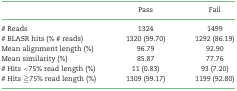
<table><thead><tr><td></td><td><b>Pass</b></td><td><b>Fail</b></td></tr></thead><tbody><tr><td># Reads</td><td>1324</td><td>1499</td></tr><tr><td># BLASR hits (% # reads)</td><td>1320 (99.70)</td><td>1292 (86.19)</td></tr><tr><td>Mean alignment length (%)</td><td>96.79</td><td>92.90</td></tr><tr><td>Mean similarity (%)</td><td>85.87</td><td>77.76</td></tr><tr><td># Hits &lt;75% read length (%)</td><td>11 (0.83)</td><td>93 (7.20)</td></tr><tr><td># Hits ≧75% read length (%)</td><td>1309 (99.17)</td><td>1199 (92.80)</td></tr></tbody></table>